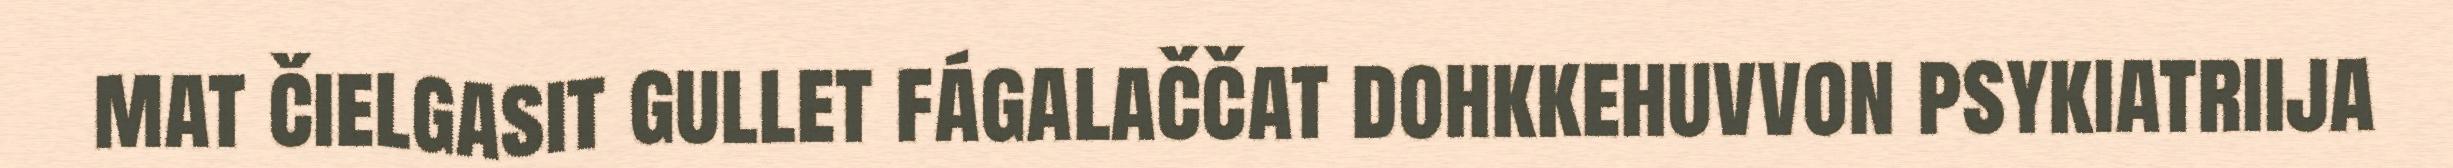
mat čielgasit gullet fágalaččat dohkkehuvvon psykiatriija